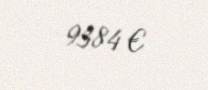
9384 €